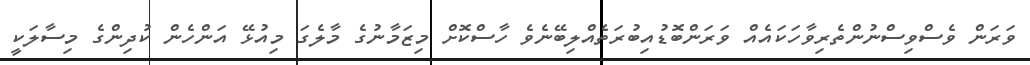
ވަރަން ވެސްވިސްނުންތެރިވާހަކައެއް ވަރަންބޮޑުއިބުރަތެއްލިބޭނެވެ ހާސްކޮށް މިޒަމާނުގެ މާލެގަ މިއުޅޭ އަންހެން ކުދިންގެ މިސާލަކީ